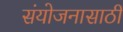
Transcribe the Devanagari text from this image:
संयोजनासाठी